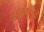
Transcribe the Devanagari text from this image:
गुटेनबर्गचे